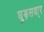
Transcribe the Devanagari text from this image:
घुड़सवा्र